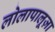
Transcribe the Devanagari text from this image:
लोलापालूज़ा